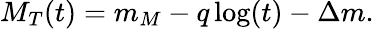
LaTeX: M_{T}(t)=m_{M}-q\log(t)-\Delta m.